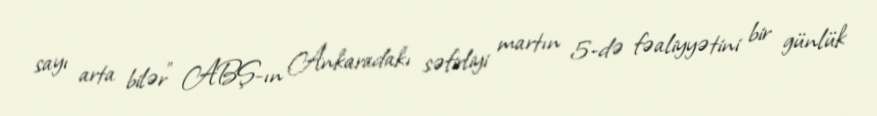
sayı arta bilər” ABŞ-ın Ankaradakı səfirliyi martın 5-də fəaliyyətini bir günlük